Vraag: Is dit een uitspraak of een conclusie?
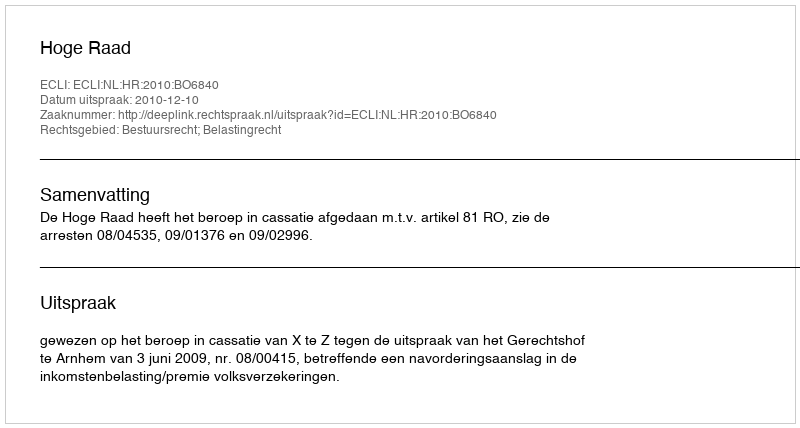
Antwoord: Uitspraak